Leaving Certificate Examination, 1916
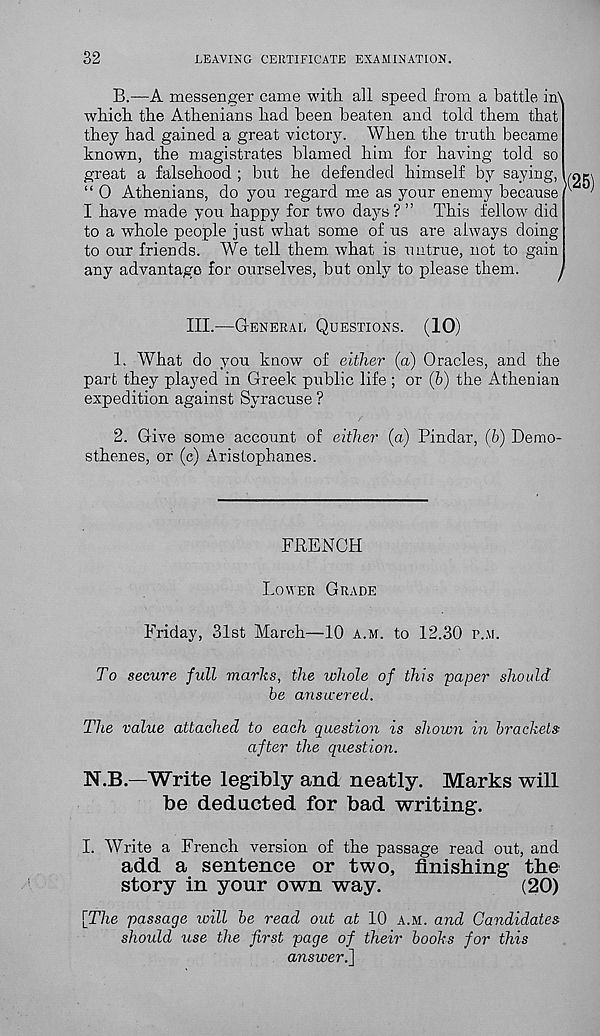
32
LEAVING CERTIFICATE EXAMINATION.
B.—A messenger came with all speed from a battle in\
which the Athenians had been beaten and told them that
they had gained a great victory. When the truth became
known, the magistrates blamed him for having told so
great a falsehood ; but he defended himself by saying,
“ 0 Athenians, do you regard me as your enemy because
I have made you happy for two days? ” This fellow did
to a whole people just what some of us are always doing
to our friends. We tell them, what is untrue, not to gain
any advantage for ourselves, but only to please them.
^
III.—General Questions. (10)
1. What do you know of either (a) Oracles, and the
part they played in Greek public life ; or (6) the Athenian
expedition against Syracuse ?
2. Give some account of either (a) Pindar, (b) Demo-
sthenes, or (c) Aristophanes.
FRENCH
Lower Grade
Friday, 31st March—10 a.m. to 12.30 r.M.
To secure full marhs, the whole of this paper should
be answered.
The value attached to each question is shown in brackets
after the question.
N.B.—Write legibly and neatly. Marks will
be deducted for bad writing.
I. Write a French version of the passage read out, and
add a sentence or two, finishing the
story in your own way.
(20)
\The passage will be read out at 10 a.m. and Candidates
should use the first page of their books for this
answer.~\